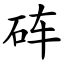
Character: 砗